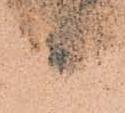
々